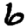
Digit: 6